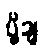
ပို့ချ